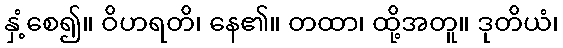
နှံ့စေ၍။ ဝိဟရတိ၊ နေ၏။ တထာ၊ ထို့အတူ။ ဒုတိယံ၊